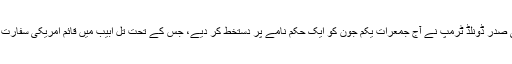
جرمن خبر رساں ادارے ڈی پی اے کے مطابق امریکی صدر ڈونلڈ ٹرمپ نے آج جمعرات یکم جون کو ایک حکم نامے پر دستخط کر دیے، جس کے تحت تل ابیب میں قائم امریکی سفارت خانہ کم از کم آئندہ چھ ماہ تک یروشلم منتقل نہیں ہو گا۔